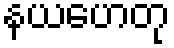
နယဟေတု